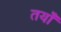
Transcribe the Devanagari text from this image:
तयाँ